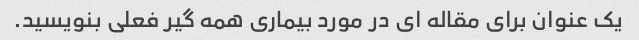
یک عنوان برای مقاله ای در مورد بیماری همه گیر فعلی بنویسید.